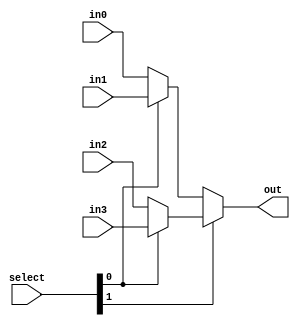
module z_mux_4(select, in0, in1, in2, in3, out);
	input [1:0] select;
	input [31:0] in0, in1, in2, in3;
	output [31:0] out;
	wire [31:0] w1, w2;
	assign w1 = select[0] ? in1 : in0;
	assign w2 = select[0] ? in3 : in2;
	assign out = select[1] ? w2 : w1;
endmodule